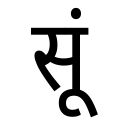
OCR:
सूं